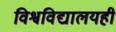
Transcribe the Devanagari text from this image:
विश्वविद्यालयही